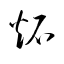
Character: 炻